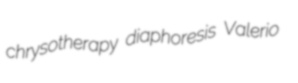
chrysotherapy diaphoresis Valerio